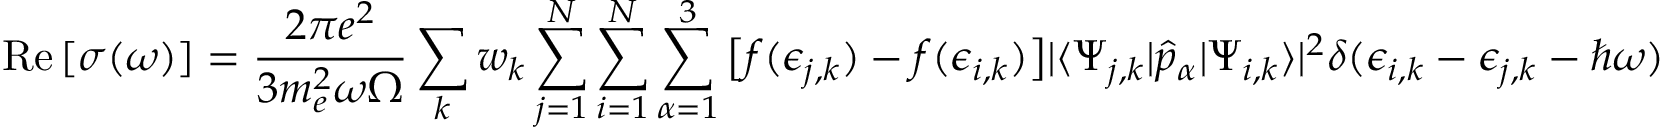
\operatorname { R e } \left[ \sigma ( \omega ) \right] = \frac { 2 \pi e ^ { 2 } } { 3 m _ { e } ^ { 2 } \omega \Omega } \sum _ { k } w _ { k } \sum _ { j = 1 } ^ { N } \sum _ { i = 1 } ^ { N } \sum _ { \alpha = 1 } ^ { 3 } \big [ f ( \epsilon _ { j , k } ) - f ( \epsilon _ { i , k } ) \big ] | \langle { \Psi _ { j , k } | \hat { p } _ { \alpha } | \Psi _ { i , k } } \rangle | ^ { 2 } \delta ( \epsilon _ { i , k } - \epsilon _ { j , k } - \hbar \omega )